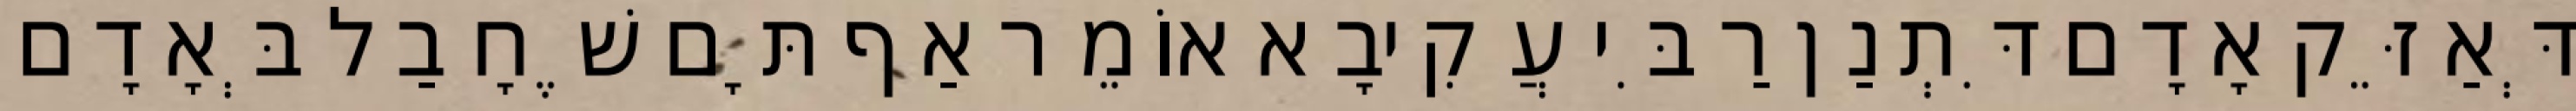
דְּאַזֵּק אָדָם דִּתְנַן רַבִּי עֲקִיבָא אוֹמֵר אַף תָּם שֶׁחָבַל בְּאָדָם